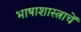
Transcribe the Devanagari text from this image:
भाषाशास्त्राचें